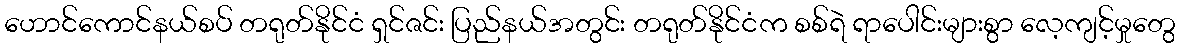
ဟောင်ကောင်နယ်စပ် တရုတ်နိုင်ငံ ရှင်ဇင်း ပြည်နယ်အတွင်း တရုတ်နိုင်ငံက စစ်ရဲ ရာပေါင်းများစွာ လေ့ကျင့်မှုတွေ